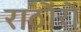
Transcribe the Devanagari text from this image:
राठौंरों